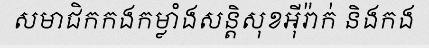
សមាជិកកងកម្លាំងសន្តិសុខអ៊ីរ៉ាក់ និងកង